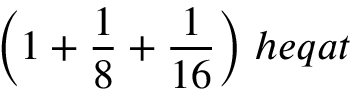
{ \bigg ( } 1 + { \frac { 1 } { 8 } } + { \frac { 1 } { 1 6 } } { \bigg ) } \; h e q a t